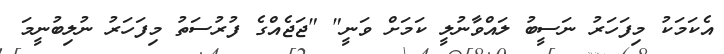
އެކަމަކު މިފަހަރު ނަސީބު ލައްވާނުލީ ކަމަށް ވަނީ" "ޖަޖެއްގެ ފުރުސަތު މިފަހަރު ނުލިބުނީމަ